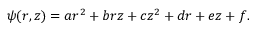
\psi ( r , z ) = a r ^ { 2 } + b r z + c z ^ { 2 } + d r + e z + f .